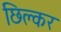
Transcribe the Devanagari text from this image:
छिल्कर